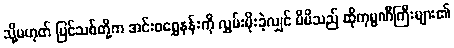
သို့မဟုတ် ပြင်သစ်တို့က အင်းဝရွှေနန်းကို လွှမ်းမိုးခဲ့လျှင် မိမိသည် ထိုကုမ္ပဏီကြီးများ၏